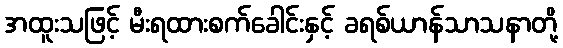
အထူးသဖြင့် မီးရထားစက်ခေါင်းနှင့် ခရစ်ယာန်သာသနာတို့